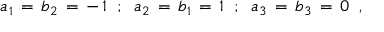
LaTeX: a _ { 1 } \, = \, b _ { 2 } \, = \, - \, 1 \; \; ; \; \; a _ { 2 } \, = \, b _ { 1 } \, = \, 1 \; \; ; \; \; a _ { 3 } \, = \, b _ { 3 } \, = \, 0 \; \; ,